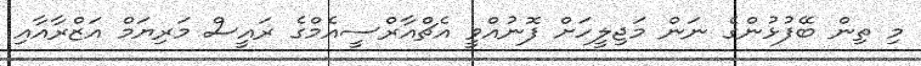
މި ތިން ބޭފުޅުންގެ ނަން މަޖިލީހަށް ފޮނުއްވީ އެޗްއާރްސީއެމްގެ ރައީސް މަރިޔަމް އަޒްރާއާއި